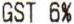
GST 6%